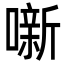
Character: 噺